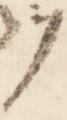
ヲ